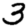
Digit: 3